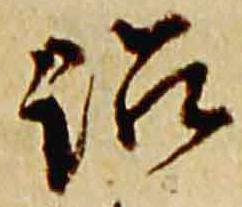
訟